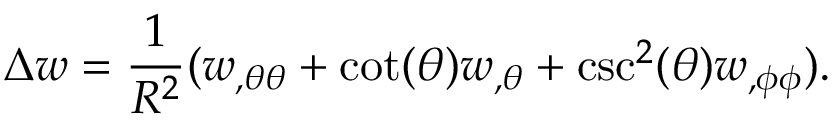
\Delta w = \frac 1 { R ^ { 2 } } ( w _ { , \theta \theta } + \cot ( \theta ) w _ { , \theta } + \csc ^ { 2 } ( \theta ) w _ { , \phi \phi } ) .